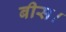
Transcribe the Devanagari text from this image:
बीस।